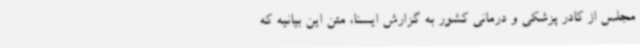
مجلس از کادر پزشکی و درمانی کشور به گزارش ایسنا، متن این بیانیه که